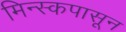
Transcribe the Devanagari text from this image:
मिन्स्कपासून